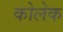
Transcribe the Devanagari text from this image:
कोलेक